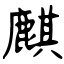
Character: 麒